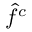
{ \hat { f } } ^ { c }